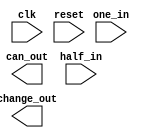
module vendingMachine(	output can_out,
						output change_out,
						input clk,
						input reset,
						input one_in,
						input half_in);

	wire rst = 1'b1;
	wire rstout;
	reg sel;
	reg [2:0] state, nextstate;

	parameter IDLE		= 3'b000;
	parameter ONELE		= 3'b001;
	parameter HALFLE	= 3'b010;
	parameter CANOUT	= 3'b011;
	parameter CHNGOUT	= 3'b100;

	assign rstout = sel ? rst : reset;

	// State Register
	always @ (posedge clk or posedge rstout) begin
		if (rstout)	state <= IDLE;
		else		state <= nextstate;
	end
	
	always @ (negedge clk) begin
		sel <= (state == CANOUT | state == CHNGOUT);
	end

	// Next State Logic
	always @ (*) begin
		case (state)
    // Code1: Fill Your Code here
		endcase
	end

	// Output Logic
  // Code2:  Fill your code here
endmodule